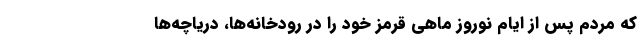
که مردم پس از ایام نوروز ماهی قرمز خود را در رودخانه‌ها، دریاچه‌ها